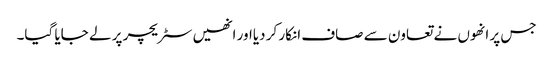
جس پر انھوں نے تعاون سے صاف انکار کر دیااور انھیں سٹریچر پر لے جایا گیا۔